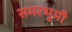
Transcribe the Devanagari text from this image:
समरभूमी